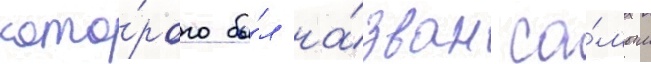
кото́рого бы́л на́зван са́мым